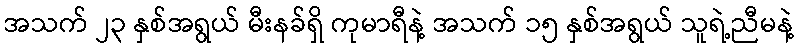
အသက် ၂၃ နှစ်အရွယ် မီးနခ်ရှိ ကုမာရီနဲ့ အသက် ၁၅ နှစ်အရွယ် သူရဲ့ညီမနဲ့